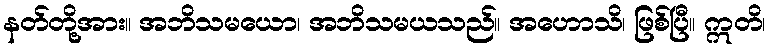
နတ်တို့အား။ အဘိသမယော၊ အဘိသမယသည်။ အဟောသိ၊ ဖြစ်ပြီ။ ဣတိ၊